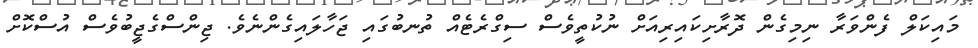
މައިކަލް ފެންވަރާ ނިމިގެން ދޮރާށިކައިރިއަށް ނުކުތީވެސް ސިގްރެޓެއް ތުނބުގައި ޖަހާލައިގެންނެވެ. ޖިންސްގެޖީބުވެސް އުސްކޮށް